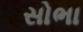
સોભા